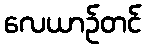
လေယာဉ်တင်